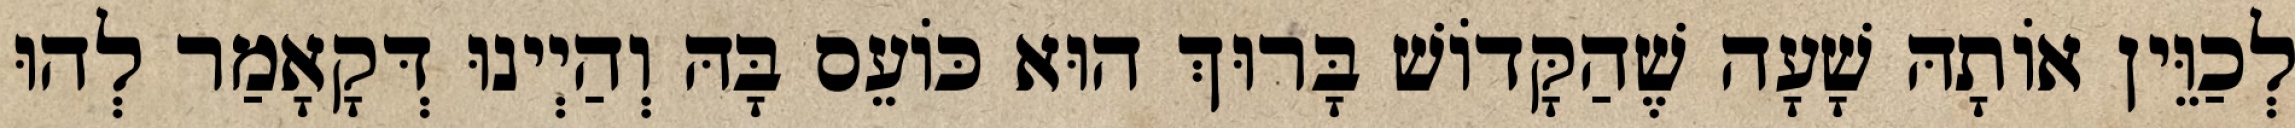
לְכַוֵּין אוֹתָהּ שָׁעָה שֶׁהַקָּדוֹשׁ בָּרוּךְ הוּא כּוֹעֵס בָּהּ וְהַיְינוּ דְּקָאָמַר לְהוּ